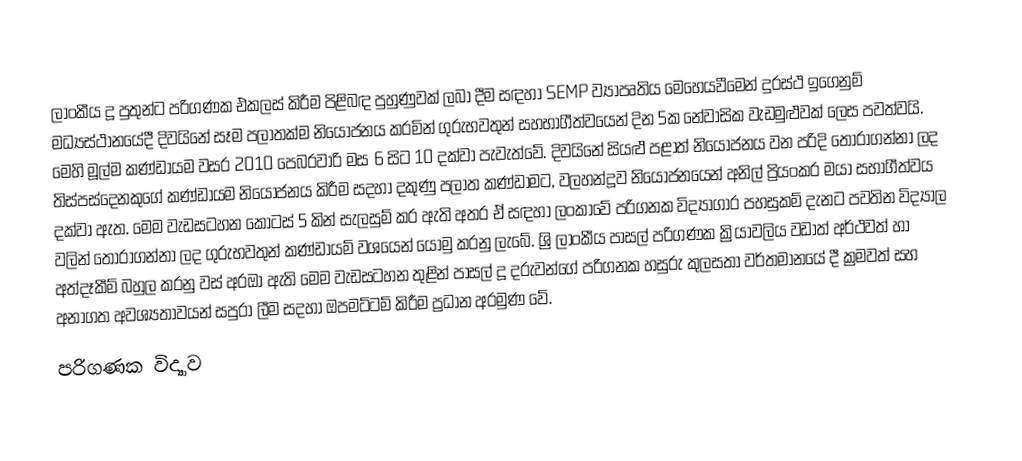
ලාංකීය දූ පුතුන්ට පරිගණක එකලස් කිරීම පිළිබඳ පුහුණුවක් ලබා දීම සඳහා SEMP ව්‍යාපෘතිය මෙහෙයවීමෙන් දුරස්ථ ඉගෙනුම් මධ්‍යස්ථානයේදී දිවයිනේ සෑම පලාතක්ම නියොජනය කරමින් ගුරුභවතුන් සහභාගීත්වයෙන් දින 5ක නේවාසික වැඩමුළුවක් ලෙස පවත්වයි. මෙහි මූල්ම කණ්ඩායම වසර 2010 පෙබරවාරි මස 6 සිට 10 දක්වා පැවැත්වේ. දිවයිනේ සියළු පළාත් නියෝජනය වන පරිදි තොරාගන්නා ලද තිස්පස්දෙනකු‍ගේ කණ්ඩායම නියෝජනය කිරීම සදහා දකුණු පලාත කණ්ඩාමට, වලහන්දූව නියොජනයෙන් අනිල් ප්‍රියංකර මයා සභාගීත්වය දක්වා ඇත. මෙම වැඩසටහන කොටස් 5 කින් සැලසුම් කර ඇති අතර ඒ ස‍ඳහා ලංකාවේ පරිගනක විද්‍යාගාර පහසුකම් දැනට පවතින විද්‍යාල වලින් තොරාගන්නා ලද ගුරුභවතුන් කණ්ඩායම් වශයෙන් යොමු කරනු ලැබේ. ශ්‍රි ලාංකීය පාසල් පරිගණක ක්‍රියාවලිය වඩාත් අර්ථවත් හා අත්දෑකීම් බහුල කරනු වස් අරඔා ඇති මෙම වැඩසටහන තුළින් පාසල් දූ දරුවන්ගේ පරිගනක හසුරු කුලසතා වර්තමානයේ දී ක්‍රමවත් සහ අනාගත අවශ්‍යතාවයන් සපුරා ලීම සදහා ඔපමට්ටම් කිරීම ප්‍රධාන අරමුණ වේ.
පරිගණක විද්‍යාව